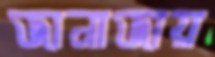
জানাজায়